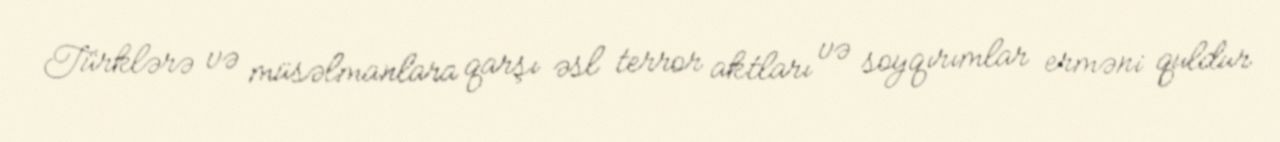
Türklərə və müsəlmanlara qarşı əsl terror aktları və soyqırımlar erməni quldur